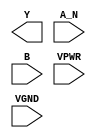
module sky130_fd_sc_hs__nand2b (
    Y   ,
    A_N ,
    B   ,
    VPWR,
    VGND
);

    output Y   ;
    input  A_N ;
    input  B   ;
    input  VPWR;
    input  VGND;
endmodule